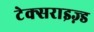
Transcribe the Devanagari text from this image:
टेक्सराइज़्ड